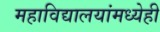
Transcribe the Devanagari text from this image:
महाविद्यालयांमध्येही